Vaccination in Bombay 1856-1862 - 1856-1862
Year: 1856
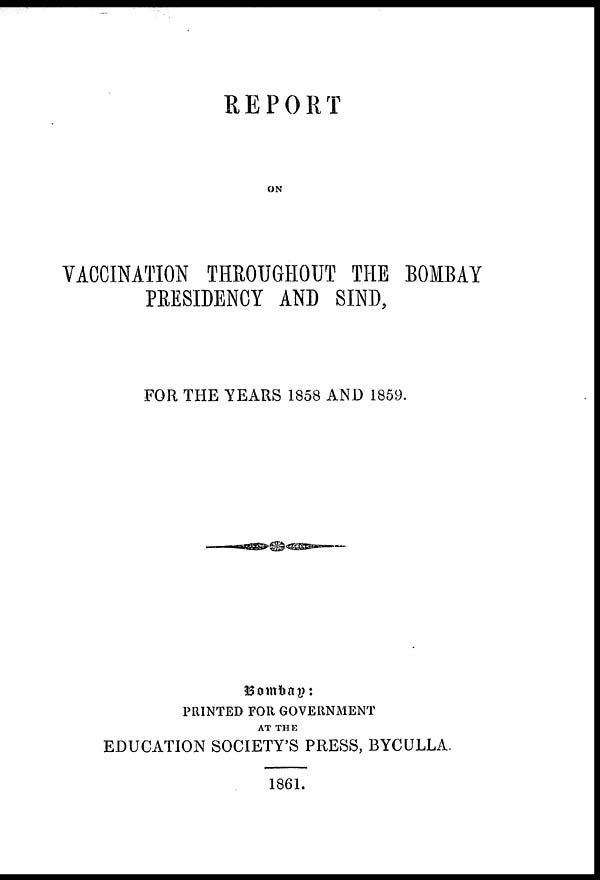
REPORT
ON
VACCINATION THROUGHOUT THE BOMBAY
PRESIDENCY AND SIND,
FOR THE YEARS 1858 AND 1859.
Bombay:
PRINTED FOR GOVERNMENT
AT THE
EDUCATION SOCIETY'S PRESS, BYCULLA.
1861.